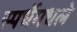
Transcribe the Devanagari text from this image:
स्पर्धेमधले